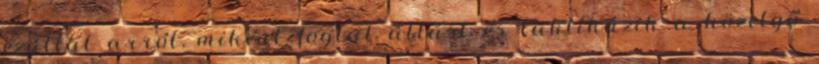
ezúttal arról, miként foglal állást és taktikázik a közelgő